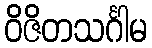
ဝိဇိတသင်္ဂါမ